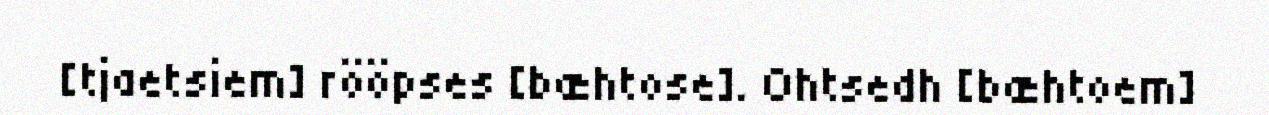
[tjaetsiem] rööpses [bæhtose]. Ohtsedh [bæhtoem]